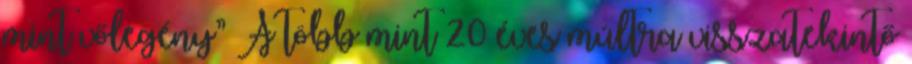
mint vőlegény” A több mint 20 éves múltra visszatekintő